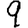
Digit: 9